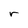
Character: r